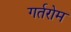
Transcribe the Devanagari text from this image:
गर्तरोम